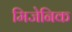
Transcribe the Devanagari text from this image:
मिजेनिक